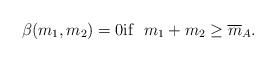
LaTeX: \begin{align*}\beta (m_1, m_2) = 0 \mbox{if} \ \ m_1 + m_2 \geq\overline{m}_A .\end{align*}